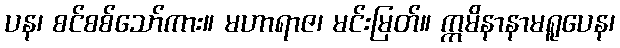
ပန၊ စင်စစ်သော်ကား။ မဟာရာဇ၊ မင်းမြတ်။ ဣမိနာနာမရူပေန၊